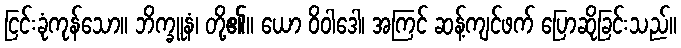
ငြင်းခုံကုန်သော။ ဘိက္ခူနံ၊ တို့၏။ ယော ဝိဝါဒေါ၊ အကြင် ဆန့်ကျင်ဖက် ပြောဆိုခြင်းသည်။